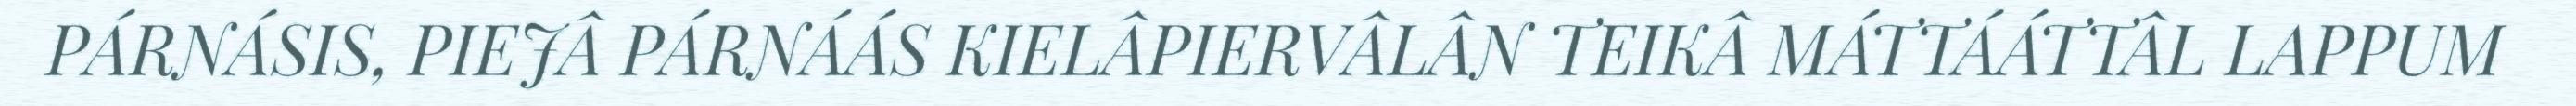
PÁRNÁSIS, PIEJÂ PÁRNÁÁS KIELÂPIERVÂLÂN TEIKÂ MÁTTÁÁTTÂL LAPPUM